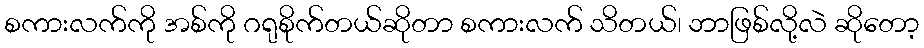
စကားလက်ကို အစ်ကို ဂရုစိုက်တယ်ဆိုတာ စကားလက် သိတယ်၊ ဘာဖြစ်လို့လဲ ဆိုတော့